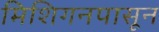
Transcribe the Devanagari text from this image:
मिशिगनपासून